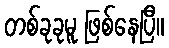
တစ်ခုခုမူ ဖြစ်နေပြီ။